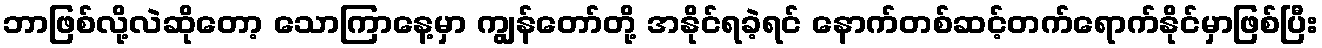
ဘာဖြစ်လို့လဲဆိုတော့ သောကြာနေ့မှာ ကျွန်တော်တို့ အနိုင်ရခဲ့ရင် နောက်တစ်ဆင့်တက်ရောက်နိုင်မှာဖြစ်ပြီး